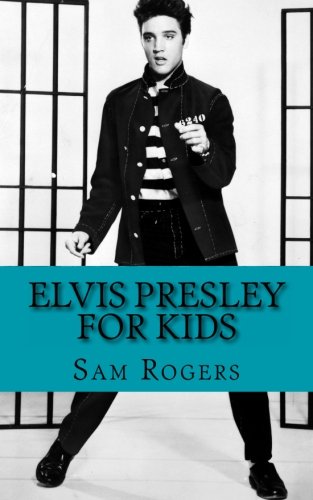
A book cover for Elvis Presley for Kids: A Biography of Elvis Presley Just for Kids!; Sam Rogers; Children's Books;